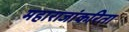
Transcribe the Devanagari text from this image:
महाराजांकरिता